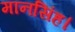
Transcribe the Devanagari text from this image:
मानसिंह।